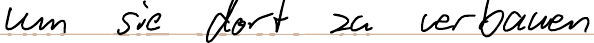
um sie dort zu verbauen